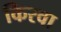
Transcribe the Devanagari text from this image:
किरवा